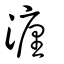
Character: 瀍